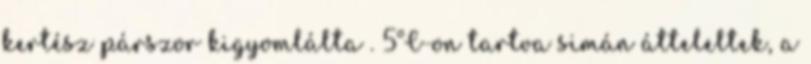
kertész párszor kigyomlálta . 5°C-on tartva simán átteleltek, a